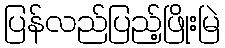
ပြန်လည်ပြည့်ဖြိုးမြဲ